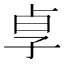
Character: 𡥣